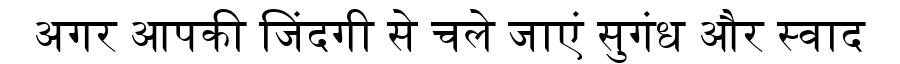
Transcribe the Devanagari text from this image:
अगर आपकी जिंदगी से चले जाएं सुगंध और स्वाद